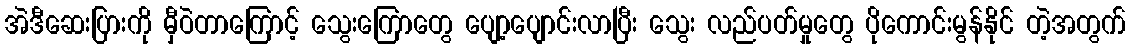
အဲဒီဆေးပြားကို မှီဝဲတာကြောင့် သွေးကြောတွေ ပျော့ပျောင်းလာပြီး သွေး လည်ပတ်မှုတွေ ပိုကောင်းမွန်နိုင် တဲ့အတွက်